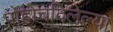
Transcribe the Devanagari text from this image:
पोहोचविलेल्या